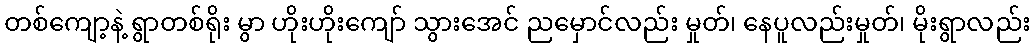
တစ်ကျော့နဲ့ ရွာတစ်ရိုး မွာ ဟိုးဟိုးကျော် သွားအေင် ညမှောင်လည်း မှုတ်၊ နေပူလည်းမှုတ်၊ မိုးရွာလည်း